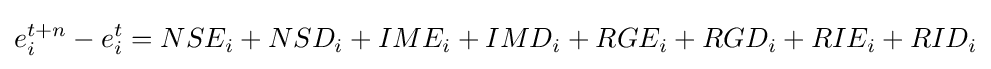
e_{i}^{t+n}-e_{i}^{t}=NSE_{i}+NSD_{i}+IME_{i}+IMD_{i}+RGE_{i}+RGD_{i}+RIE_{i}+RID_{i}